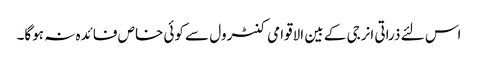
اس لئے ذراتی انرجی کے بین الاقوامی کنٹرول سے کوئی خاص فائدہ نہ ہوگا۔